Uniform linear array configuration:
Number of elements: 16
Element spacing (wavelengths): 0.5
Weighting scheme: hann
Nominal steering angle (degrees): -15
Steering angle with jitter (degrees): -14.145
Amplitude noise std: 0.05
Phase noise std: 0.05

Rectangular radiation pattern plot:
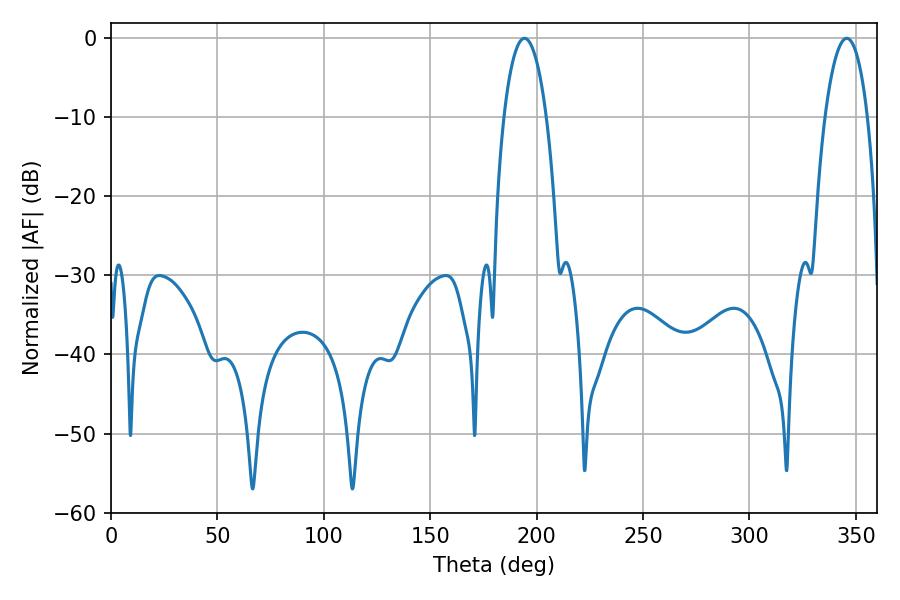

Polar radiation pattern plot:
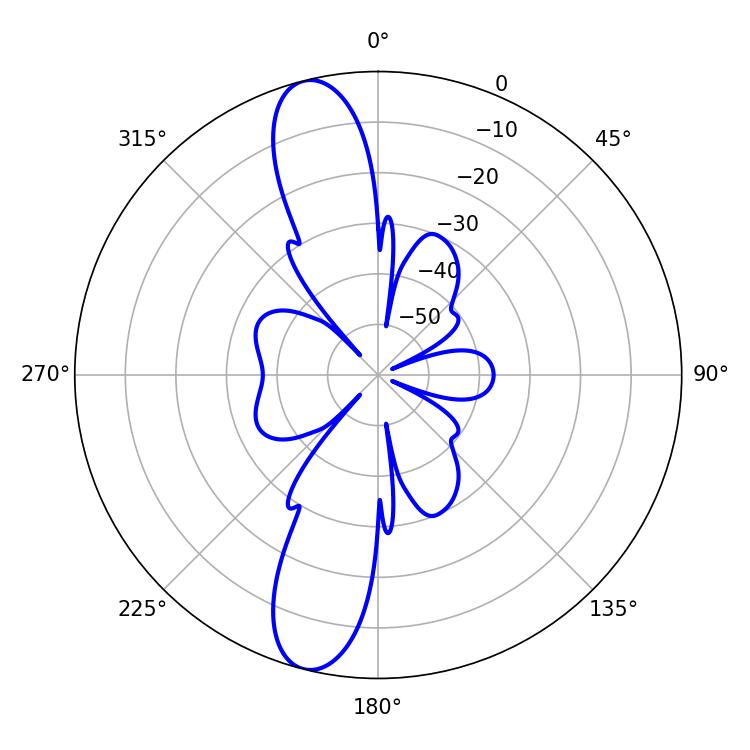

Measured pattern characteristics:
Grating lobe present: FALSE
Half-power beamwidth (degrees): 11.16
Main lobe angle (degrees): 194.22